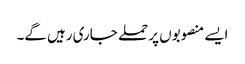
ایسے منصوبوں پر حملے جاری رہیں گے۔